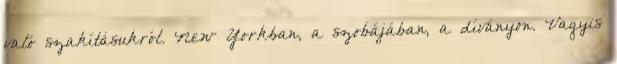
való szakításukról. New Yorkban, a szobájában, a díványon. Vagyis